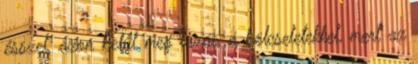
ésszel, azon belűl meg lazán a bölcseletekkel, mert az